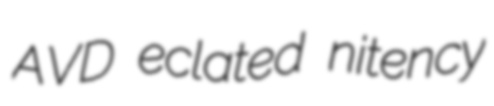
AVD eclated nitency